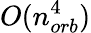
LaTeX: O(n_{orb}^{4})